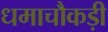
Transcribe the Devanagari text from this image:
धमाचौकड़ी